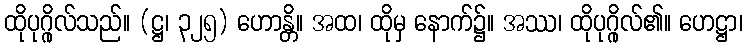
ထိုပုဂ္ဂိုလ်သည်။ (ဋ္ဌ၊ ၃၂၅) ဟောန္တိ။ အထ၊ ထိုမှ နောက်၌။ အဿ၊ ထိုပုဂ္ဂိုလ်၏။ ဟေဋ္ဌာ၊